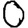
Digit: 0